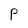
Character: P